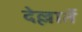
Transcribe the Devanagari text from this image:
देल्लार्ते